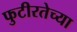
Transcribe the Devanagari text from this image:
फुटीरतेच्या